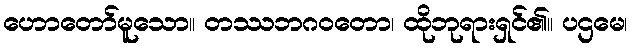
ဟောတော်မူသော။ တဿဘဂဝတော၊ ထိုဘုရားရှင်၏။ ပဌမေ၊